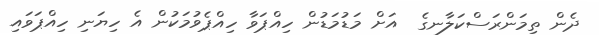
ދެން ތިމަންރަސްކަލާނގެ  އަށް މަޑުމަޑުން ހިއްޕަވާ ހިއްޕެވުމަކުން އެ ހިޔަނި ހިއްޕަވައި